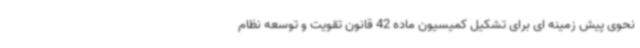
نحوی پیش زمینه ای برای تشکیل کمیسیون ماده 42 قانون تقویت و توسعه نظام